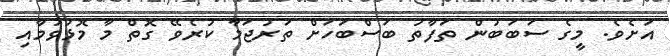
އަށެވެ. މީގެ ސަބަބުން ތަފާތު ބަސްބަހަށް ތަރުޖަމާ ކުރެވޭ ގޮތް މާ މޮޅުވުމާއި